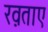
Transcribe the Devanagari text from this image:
ख़ताए